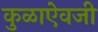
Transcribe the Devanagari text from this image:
कुळाऐवजी